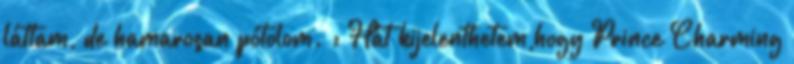
láttam, de hamarosan pótolom. : Hát kijelenthetem,hogy Prince Charming